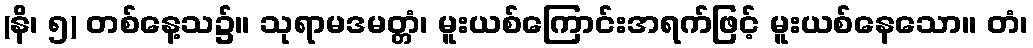
(နိ၊ ၅) တစ်နေ့သ၌။ သုရာမဒမတ္တံ၊ မူးယစ်ကြောင်းအရက်ဖြင့် မူးယစ်နေသော။ တံ၊